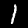
Label: 1